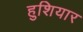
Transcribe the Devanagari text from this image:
हुशियार